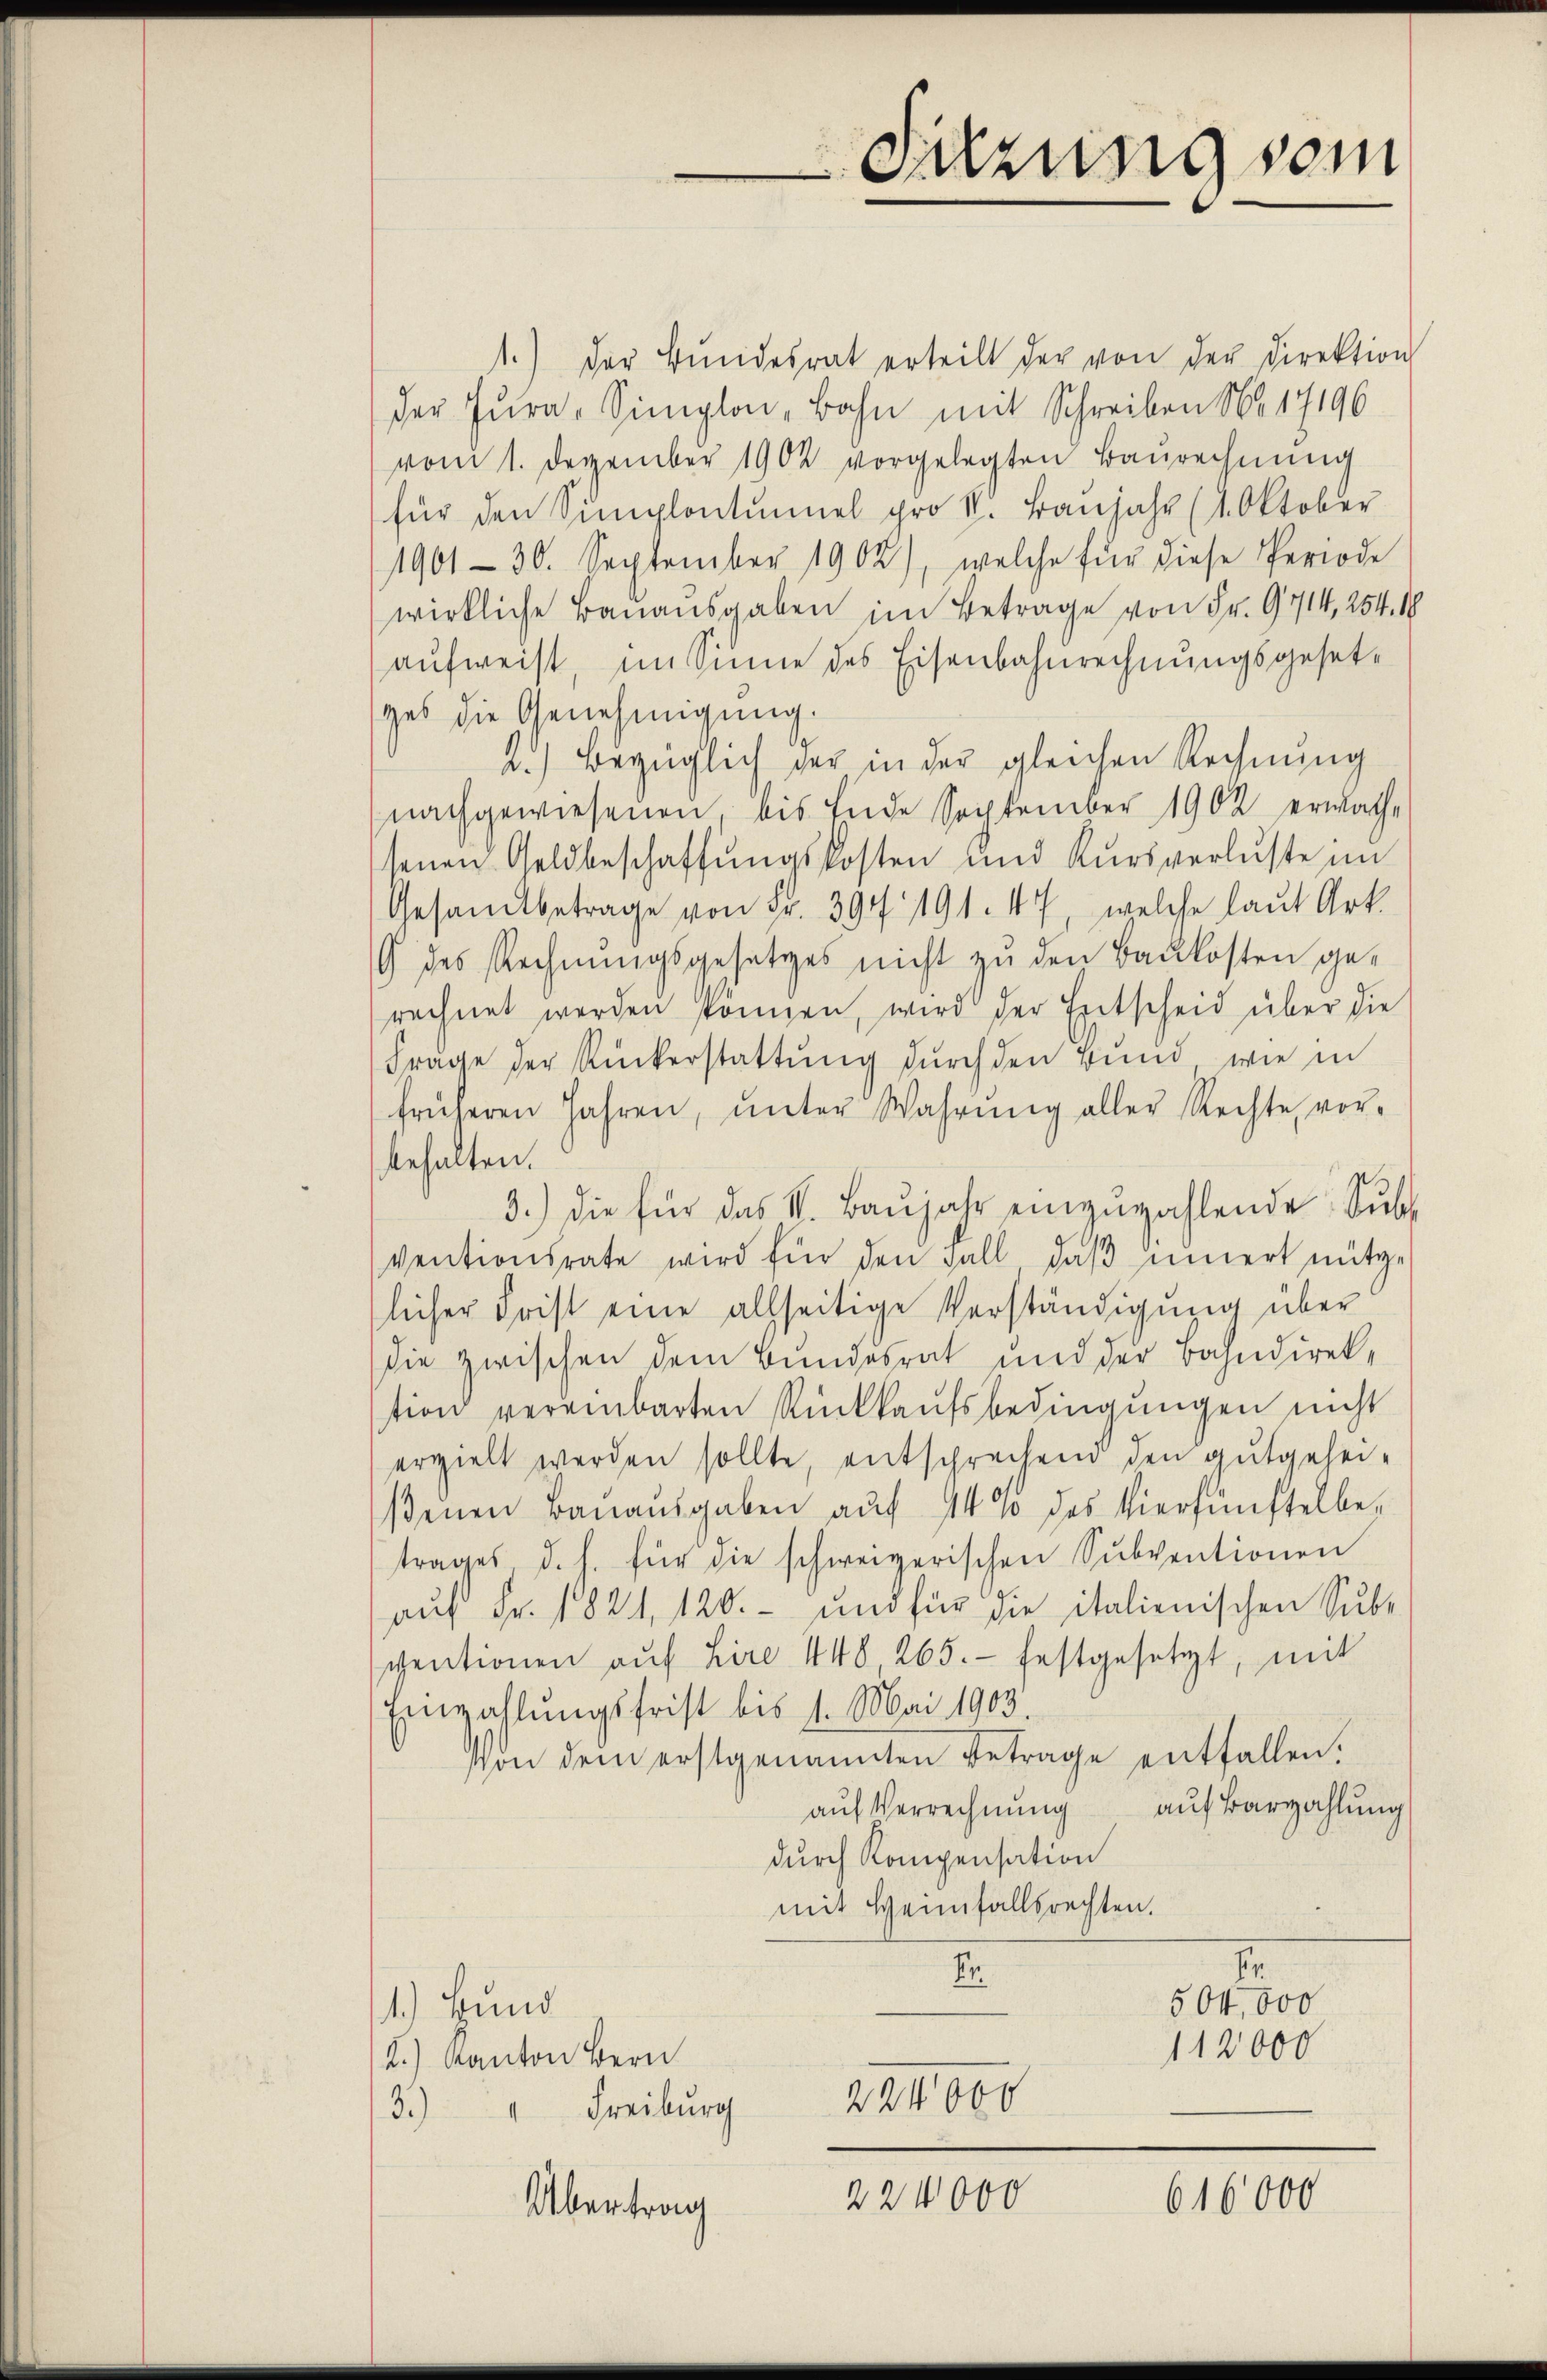
Sitzung vom

1.) Der Bŭndesrat erteilt der von der Direktion
der Jura-Simplon, Bahn mit Schreiben No 17196
vom 1. Dezember 1902 vorgelegten Baurechnung
für den Simplontinel pro V. Baŭjahr (1. Oktober
1961 - 30. September 1902), welche für diese Periode
wirkliche Bauausgaben im Betrage von Fr. 9414, 254. 19
aufweist, im Sinne des Eisenbahnrechnungsgesetges die Genehmigung.
2.) Bezüglich der in der gleichen Rechnung
nachgewiesenen, bis Ende September 1902 erwache
senen Geldbeschaffŭngskosten und Kŭrs verluste im
Gesamtbetrage von Fr. 394. 191. 47, welche laut Art.
G des Rechnŭngsgesetzes nicht zu den Baukosten gerechnet werden können, wird der Entscheid über die
Frage der Rückerstattŭng dŭrch den Bund wie in
früheren Jahren, ŭnter Wahrŭng aller Rechte vor-
behalten.
3.) die für das V. Baŭjahr einzŭzahlende Subs
ventionsrate wird für den Fall, daß innert nütze
licher Frist eine allseitige Verständigung über
die zwischen dem Bundesrat und der Bahndirektion vereinbarten Rückkaufsbedingungen nicht
erzielt werden sollte, entsprechend den gutgeheiβenen Banaŭsgaben aŭf 14 % des Vierfünftel be-
trages d. h. für die schweizerischen Sŭbventionen
auf Fr. 1821, 120.- und für die italienischen Sub-
ventionen aŭf Lire 448 265.- festgesetzt, mit
Einzahlungsfrist bis 1. Mai 1903.
von dem erstgenannten Betrage entfallen.
aŭf Verrechnŭng auf Barzahlung
durch Kompensation
mit Weinfallsrechten.
.
Fr
504,000
1.) Bund
112000
2.) Kanton Bern
224000
3.)
" Freiburg
224000
616000
Übertrag